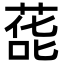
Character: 蒊